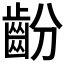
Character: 𱌜